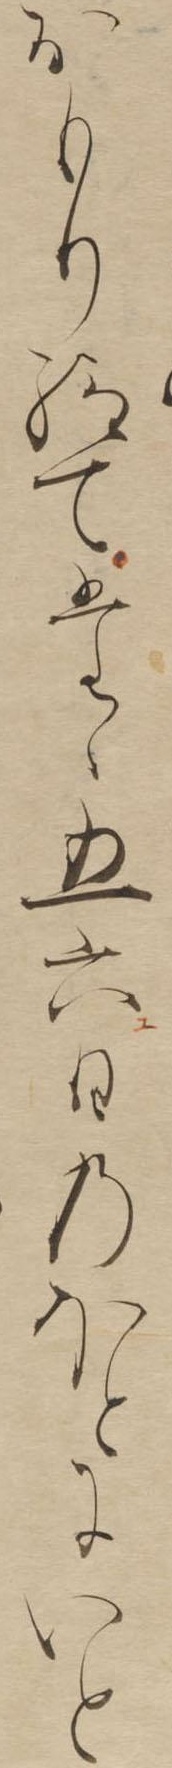
をもり給てたゝ五六日のほとにいと